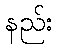
နည်း